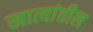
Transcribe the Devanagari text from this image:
खात्यांतील